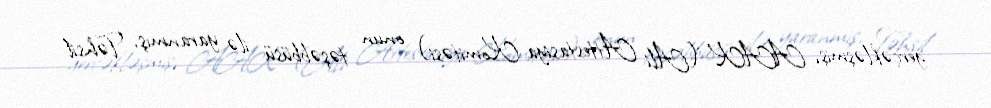
gerçəkləşmiş, AAK (Ali Attestasiya Komitəsi) onun təşəbbüsü ilə yaranmış, Təhsil